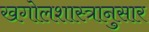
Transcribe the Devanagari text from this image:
खगोलशास्त्रानुसार